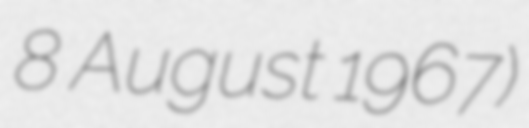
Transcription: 8 August 1967)